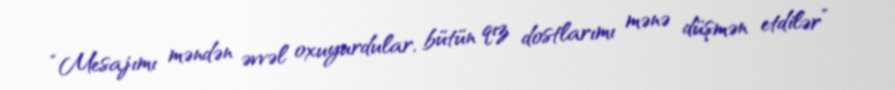
“Mesajımı məndən əvvəl oxuyurdular, bütün qız dostlarımı mənə düşmən etdilər”